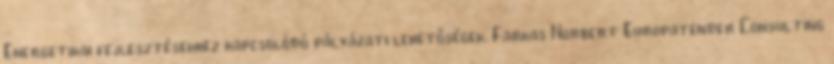
Energetikai fejlesztésekhez kapcsolódó pályázati lehetőségek. Farkas Norbert Europatender Consulting